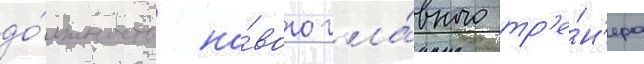
до́лжность но́вого гла́вного тр'е́н'ера